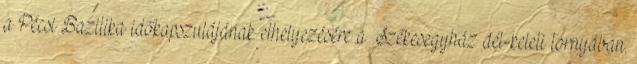
a Pécsi Bazilika időkapszulájának elhelyezésére a Székesegyház dél-keleti tornyában.